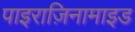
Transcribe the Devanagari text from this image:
पाइराज़िनामाइड